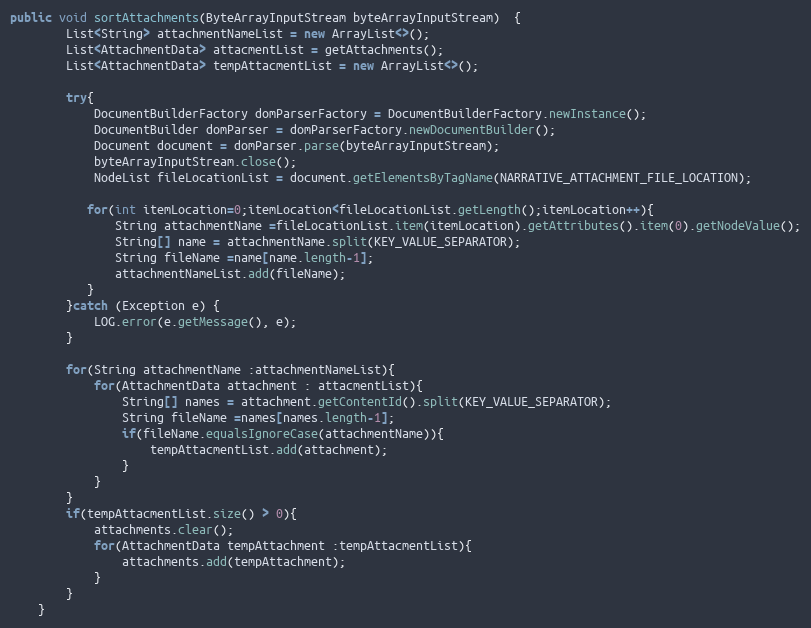
Language: Java
public void sortAttachments(ByteArrayInputStream byteArrayInputStream)  {
        List<String> attachmentNameList = new ArrayList<>();
        List<AttachmentData> attacmentList = getAttachments();
        List<AttachmentData> tempAttacmentList = new ArrayList<>();

        try{
            DocumentBuilderFactory domParserFactory = DocumentBuilderFactory.newInstance();
            DocumentBuilder domParser = domParserFactory.newDocumentBuilder();
            Document document = domParser.parse(byteArrayInputStream);
            byteArrayInputStream.close();
            NodeList fileLocationList = document.getElementsByTagName(NARRATIVE_ATTACHMENT_FILE_LOCATION);

           for(int itemLocation=0;itemLocation<fileLocationList.getLength();itemLocation++){
               String attachmentName =fileLocationList.item(itemLocation).getAttributes().item(0).getNodeValue();
               String[] name = attachmentName.split(KEY_VALUE_SEPARATOR);
               String fileName =name[name.length-1];
               attachmentNameList.add(fileName);
           }
        }catch (Exception e) {
            LOG.error(e.getMessage(), e);
        }

        for(String attachmentName :attachmentNameList){
            for(AttachmentData attachment : attacmentList){
                String[] names = attachment.getContentId().split(KEY_VALUE_SEPARATOR);
                String fileName =names[names.length-1];
                if(fileName.equalsIgnoreCase(attachmentName)){
                    tempAttacmentList.add(attachment);
                }
            }
        }
        if(tempAttacmentList.size() > 0){
            attachments.clear();
            for(AttachmentData tempAttachment :tempAttacmentList){
                attachments.add(tempAttachment);
            }
        }
    }